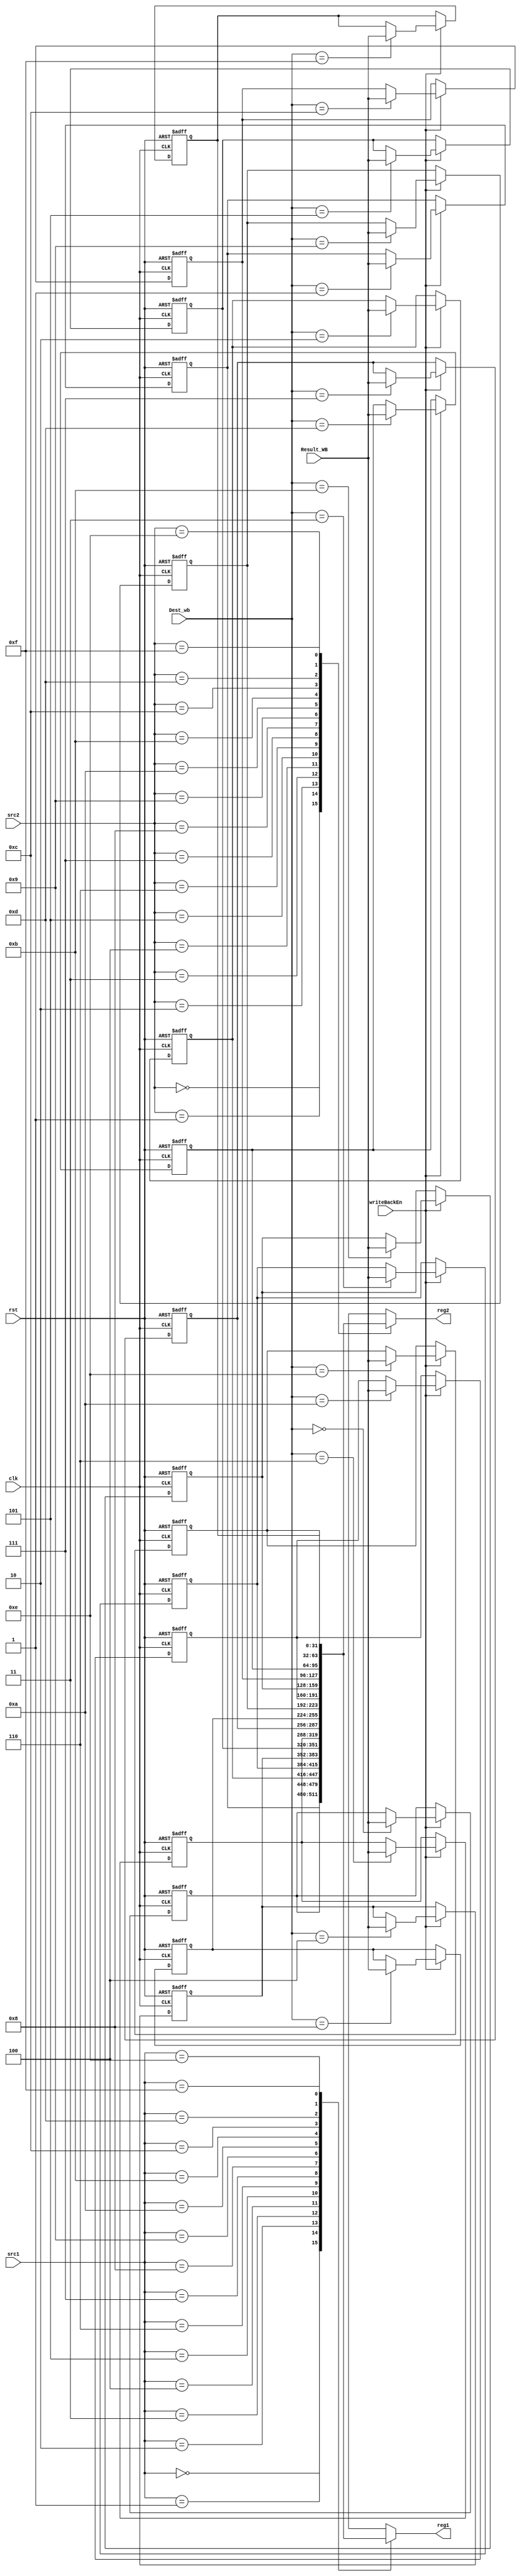
module Register_file(
    input clk,rst,
    input [3:0]src1,src2,Dest_wb,
    input [31:0] Result_WB,input writeBackEn,
    output [31:0] reg1,reg2
);

reg [31:0] regFile[0:15];
integer i;

always@(negedge clk,posedge rst)begin
    if(rst)begin
        for(i=0;i<16;i=i+1)
            regFile[i]<=i;
    end
	else begin
        if(writeBackEn)
            regFile[Dest_wb]<=Result_WB;
	end
end

assign reg1=regFile[src1];
assign reg2=regFile[src2];

endmodule